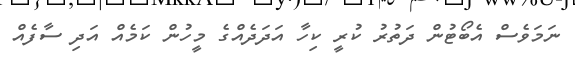
ނަމަވެސް އެބޯޓުން ދަތުރު ކުރީ ކިހާ އަދަދެއްގެ މީހުން ކަމެއް އަދި ސާފެއް